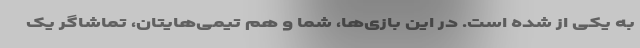
به یکی از شده است. در این بازی‌ها، شما و هم تیمی‌هایتان، تماشاگر یک